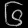
Digit: ၆